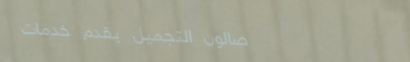
صالون التجميل يقدم خدمات